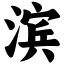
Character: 滨